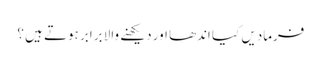
فرمادیں کیا اندھا اور دیکھنے والا برابر ہوتے ہیں ؟